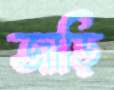
জাড়ি